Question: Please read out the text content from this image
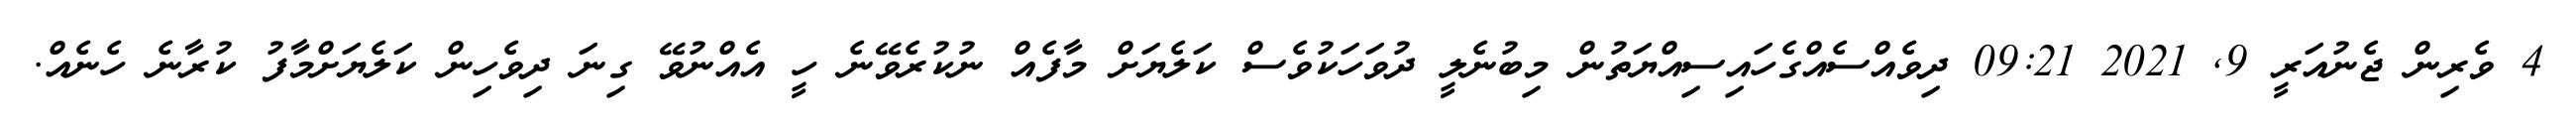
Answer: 4 ވެރިން ޖެނުއަރީ 9, 2021 09:21 ދިވެއްސެއްގެހައިސިއްޔަތުން މިބުނެލީ ދުވަހަކުވެސް ކަލެޔަށް މާފެއް ނުކުރެވޭނެ ހީ އެއްނުވޭ ގިނަ ދިވެހިން ކަލެޔަށްމާފު ކުރާނެ ހެނެއް.